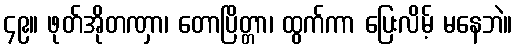
၄၉။ ဖုတ်အိုတဏှာ၊ တောပြိတ္တာ၊ ထွက်ကာ ပြေးလိမ့် မနေဘဲ။